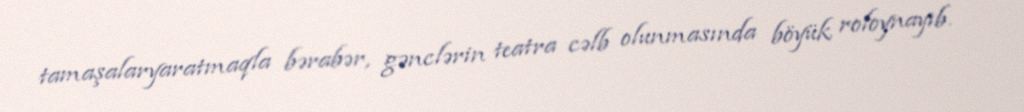
tamaşalaryaratmaqla bərabər, gənclərin teatra cəlb olunmasında böyük roloynayıb.